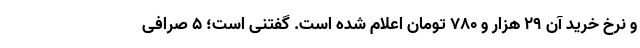
و نرخ خرید آن ۲۹ هزار و ۷۸۰ تومان اعلام شده است. گفتنی است؛ ۵ صرافی